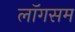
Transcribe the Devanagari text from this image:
लॉगसम